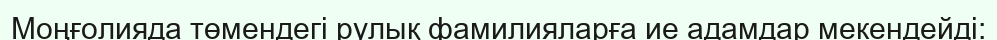
Моңғолияда төмендегі рулық фамилияларға ие адамдар мекендейді: